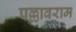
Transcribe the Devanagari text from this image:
पल्लावराम